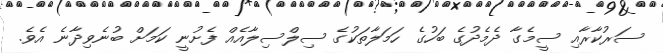
ސަރުކާރާއި ސީމެގާ ދެމެދުގެ ބަހުގެ ހަމަލާތަކުގެ ސިލްސިލާއެއް ފެށުނީ ކަމަށް ބުނެވިދާނެ އެވެ.